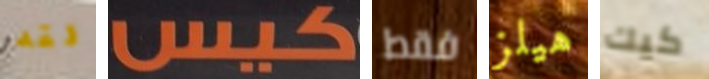
لقد كيس فقط هيلز كيك